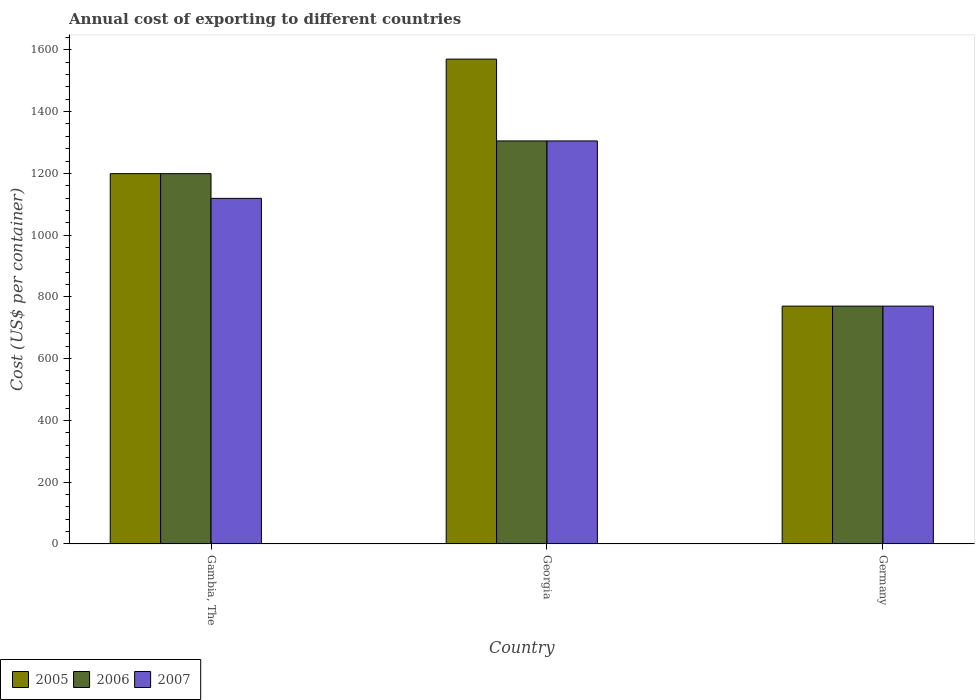
| Country | 2005 | 2006 | 2007 |
 | --- | --- | --- | --- |
 | Gambia, The | 1.2e+03 | 1.2e+03 | 1.12e+03 |
 | Georgia | 1.57e+03 | 1.30e+03 | 1.30e+03 |
 | Germany | 770 | 770 | 770 |